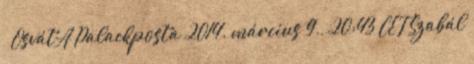
« OsvátA Palackposta 2014. március 9., 20:43 CET Szabál